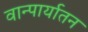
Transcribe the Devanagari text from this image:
वान्पार्यातन